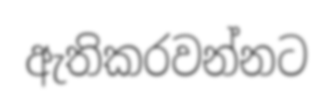
ඇතිකරවන්නට